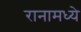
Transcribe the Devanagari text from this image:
रानामध्ये